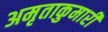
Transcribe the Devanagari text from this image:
अमृताकुमारी